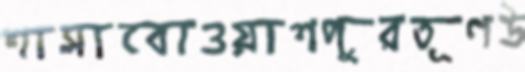
শাসাবোওয়াশপুরতূণউ